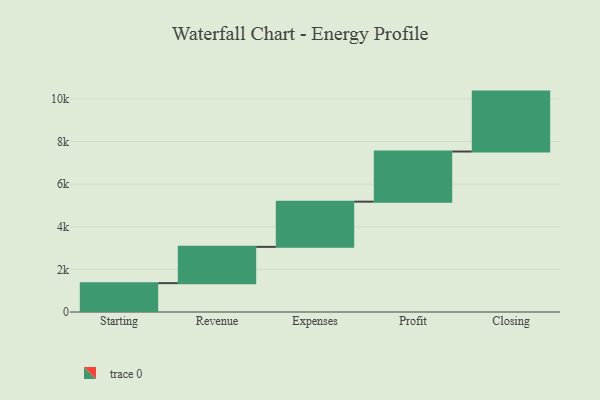
{"axis": {"x": "Step", "y": "Value"}, "legend": [""], "data": [{"x": "Starting", "y": 1354.0, "type": ""}, {"x": "Revenue", "y": 1703.0, "type": ""}, {"x": "Expenses", "y": 2122.0, "type": ""}, {"x": "Profit", "y": 2353.0, "type": ""}, {"x": "Closing", "y": 2813.0, "type": ""}]}